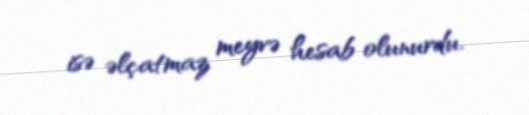
isə əlçatmaz meyvə hesab olunurdu.